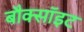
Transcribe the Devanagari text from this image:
बौक्सॉइट